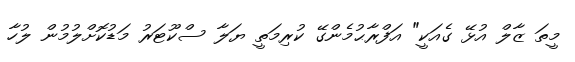
މީތަ ޒާލް އުޅޭ ގެއަކީ" އަފްރާޙުމެންގޭ ކުރިމަތީ ޔަލާ ސްކޫޓަރު މަޑުކޮށްލުމުން ލުހާ